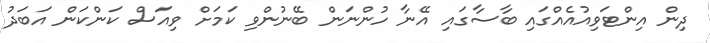
ދިން އިންޓަވިއުއެއްގައި ބާސާގައި އޭނާ ހުންނަން ބޭނުންވި ކަމަށް ވިއަސް ކަންކަން އަބަދު